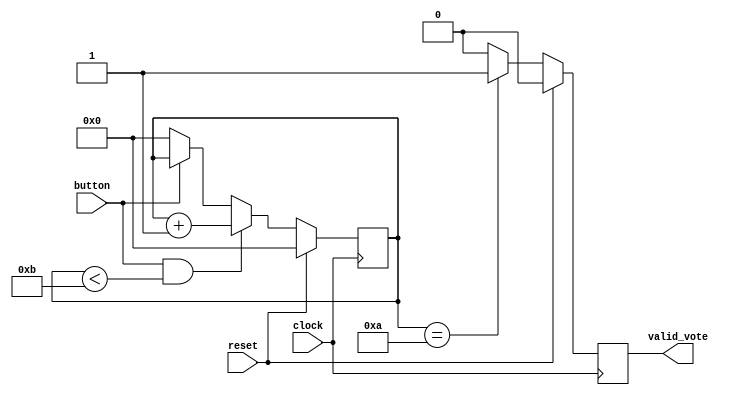
`timescale 1ns / 1ps

module buttonControl(
input clock,
input reset,
input button,
output reg valid_vote
);

reg [30:0] counter;

always @(posedge clock)
begin
    if(reset)
        counter <= 0;
    else
    begin
        if(button & counter < 11)
            counter <= counter + 1;
        else if(!button)
            counter <= 0;
    end
end

always @(posedge clock)
begin
    if(reset)
        valid_vote <= 1'b0;
    else
    begin
        if(counter == 10)
            valid_vote <= 1'b1;
        else
            valid_vote <= 1'b0;
    end
end

endmodule